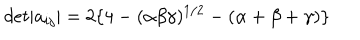
d e t | a _ { i j } | = 2 \{ 4 - ( \alpha \beta \gamma ) ^ { 1 / 2 } - ( \alpha + \beta + \gamma ) \}